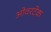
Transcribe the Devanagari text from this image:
ओवरटेक